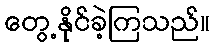
တွေ့နိုင်ခဲ့ကြသည်။